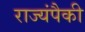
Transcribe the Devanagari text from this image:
राज्यंपैकी